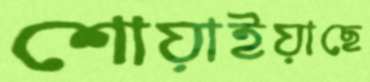
শোয়াইয়াছে